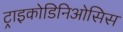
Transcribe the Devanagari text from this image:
ट्राइकोडिनिओसिस